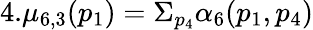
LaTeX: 4.\mu_{6,3}(p_{1})=\Sigma_{p_{4}}\alpha_{6}(p_{1},p_{4})